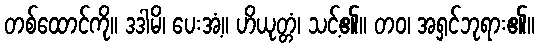
တစ်ထောင်ကို။ ဒဒါမိ၊ ပေးအံ့။ ဟိယုတ္တံ၊ သင့်၏။ တဝ၊ အရှင်ဘုရား၏။